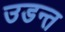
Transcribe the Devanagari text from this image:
उडन्त